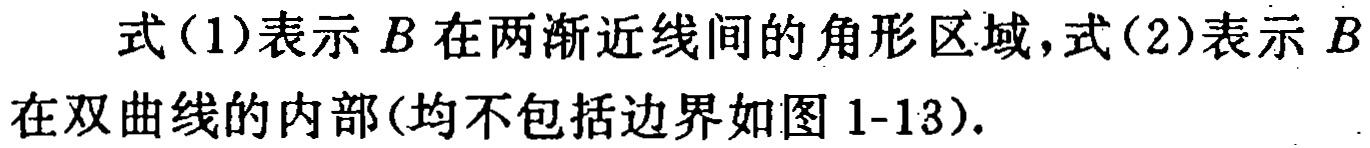
式(1)表示 \(B\) 在两渐近线间的角形区域，式(2)表示 \(B\) 在双曲线的内部(均不包括边界如图1-13).